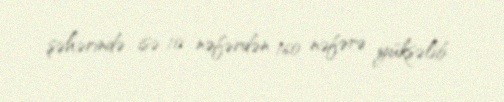
şəhərində isə 10 nəfərdən 160 nəfərə yüksəlib.